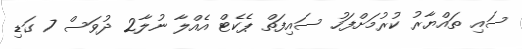
ސައި ތައްޔާރު ކުރުމަށްފަހު ސައިފަތް ޕެކެޓް އެއްލާ ނުލާ2 ދުވަސް 7 ގަޑި